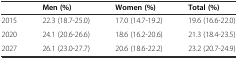
|  | Men (%) | Women (%) | Total (%) |
 | --- | --- | --- | --- |
 | 2015 | 22.3 (18.7-25.0) | 17.0 (14.7-19.2) | 19.6 (16.6-22.0) |
 | 2020 | 24.1 (20.6-26.6) | 18.6 (16.2-20.6) | 21.3 (18.4-23.5) |
 | 2027 | 26.1 (23.0-27.7) | 20.6 (18.6-22.2) | 23.2 (20.7-24.9) |